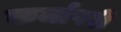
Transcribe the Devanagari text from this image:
कर्मापरी